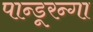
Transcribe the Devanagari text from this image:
पान्डूरन्गा